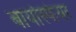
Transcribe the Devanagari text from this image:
बायोस्फेयर